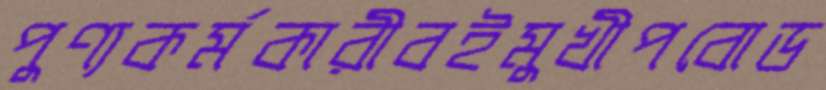
পুণ্যকর্মকারীবইমুখীপবোড